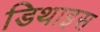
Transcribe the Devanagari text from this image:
डिथाइस